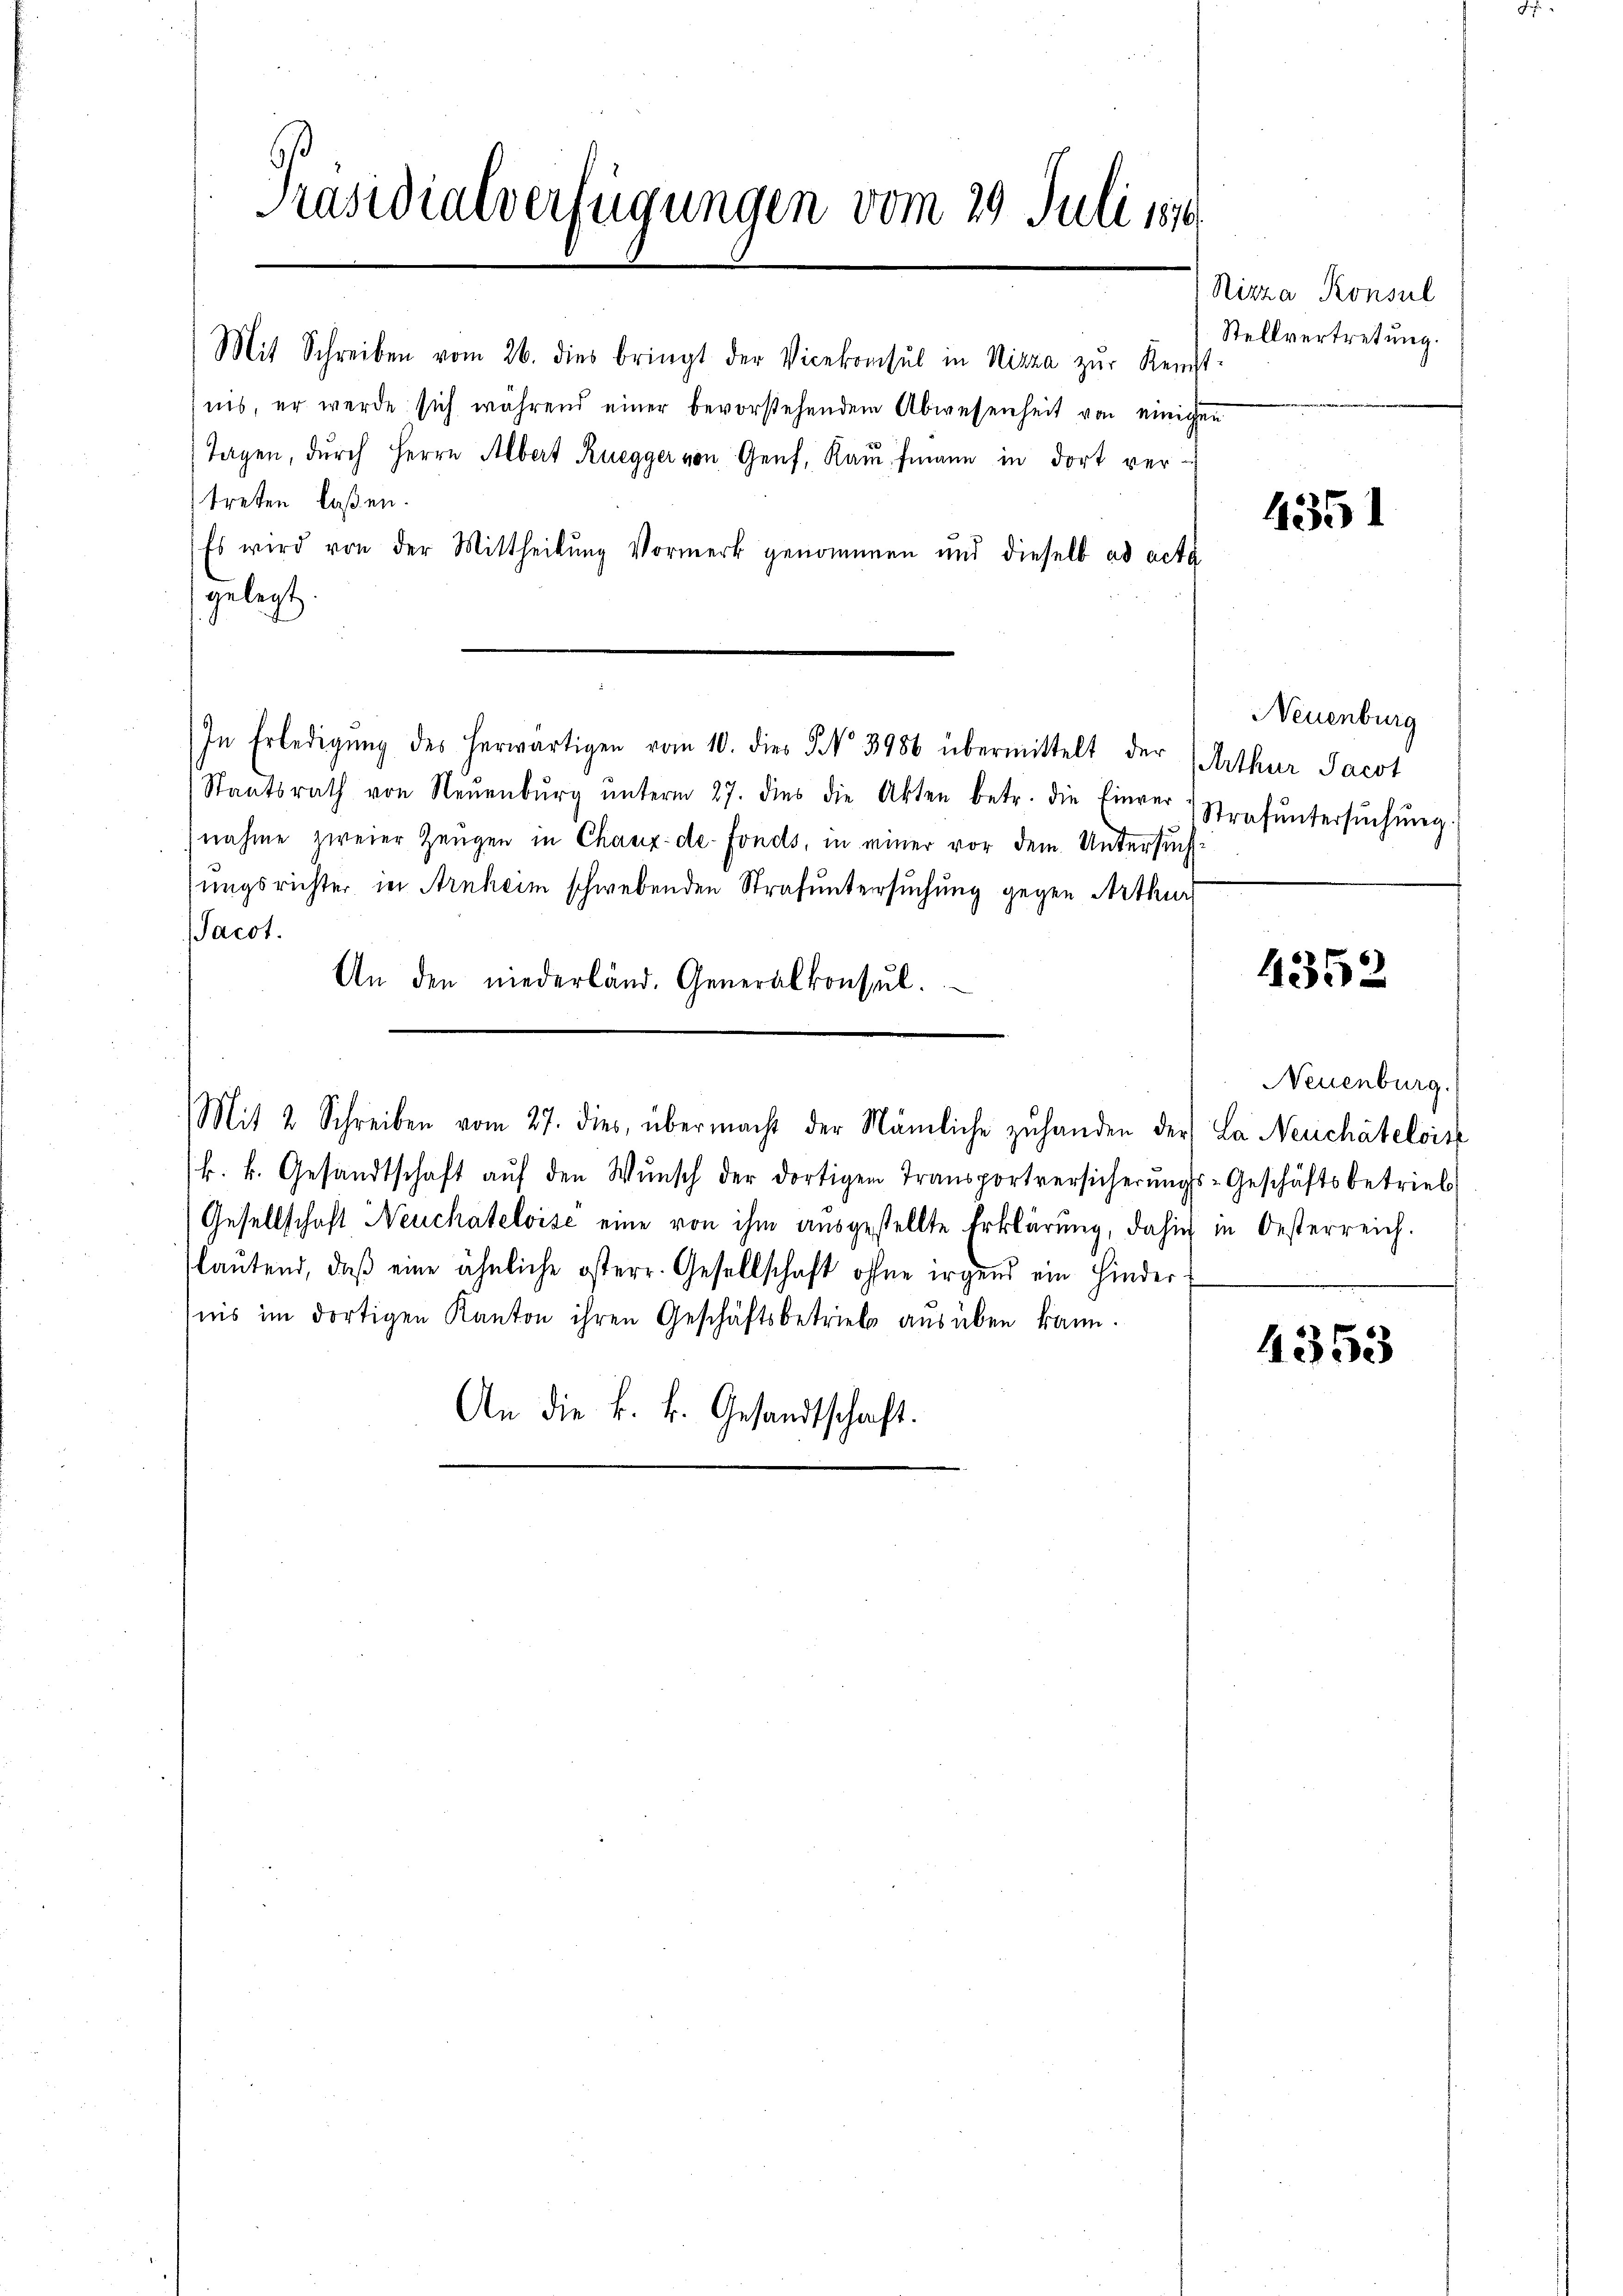
Präsidialverfügungen vom 29. Juli 187
Nizza Konsul

Mit Schreiben vom 26. dies bringt der Vicekonsul in Nizza zŭr Kennt
nis, er werde sich während einer bevorstehendem Abwesenheit von einigen
Tagen, durch Herrn Albert Ruegger von Genf, Kaufmann in dort vertreten laßen.
Es wird von der Mittheilung Vormerk genommen und dieselb ad acta
gelegt.
In Erledigŭng des herwärtigen vom 10. dies No 3986 übermittelt der Arthur Jacot
Staatsrath von Neŭenbŭrg ŭnterm 27. dies die Akten betr. die Einver- Strafŭntersŭchŭng.
nahme zweier Zeugen in Chaux-de-Fonds, in einer vor dem Untersuch
sungsrichter in Arnheim schwebenden Strafuntersuchung gegen Arthur
Jacot.
An den niederland. Generalkonsŭl.
Mit 2 Schreiben vom 27. dies, übermacht der Nämliche zŭ handen der La Neuchâtelois
k. k. Gesandtschaft aŭf den Wŭnsch der dortigen Transportversicherŭngs-Geschäftsbetrieb
Gesellschaft Neuchatelvisé eine von ihm ausgestellte Erklärung, dahin in Oesterreich.
laŭtend, daβ eine ähnliche österr. Gesellschaft ohne irgend ein Hinder-
iis im dortigen Kanton ihren Geschäftsbetrieb ausüben kann.
An die k. k. Gesandtschaft.

Stellvertretung.

4351

Neuenburg

4352

Neuenburg.

4353